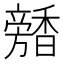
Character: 𩡕